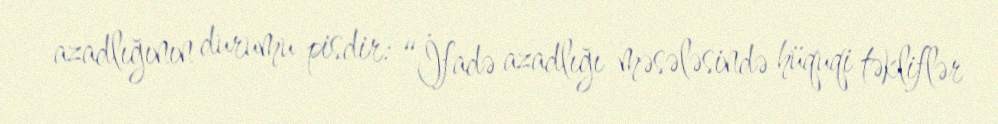
azadlığının durumu pisdir: “İfadə azadlığı məsələsində hüquqi təkliflər